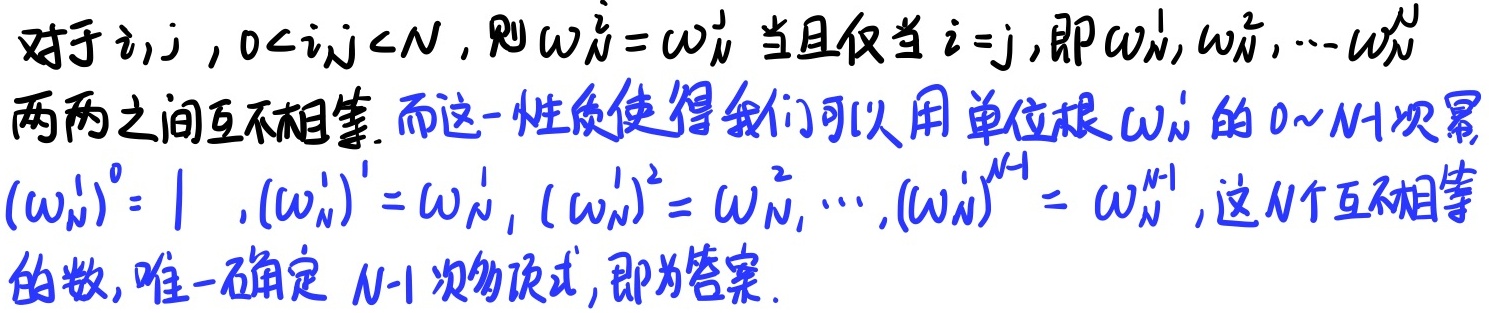
对于$i,j$，$0 < i,j < N$，则$\omega_N^i = \omega_N^j$当且仅当$i = j$，即$\omega_N^1,\omega_N^2,\cdots\omega_N^N$两两之间互不相等. 而这一性质使得我们可以用单位根$\omega_N^1$的$0\sim N - 1$次幂，$(\omega_N^1)^0 = 1$，$(\omega_N^1)^1 = \omega_N^1$，$(\omega_N^1)^2 = \omega_N^2$，$\cdots$，$(\omega_N^1)^{N - 1} = \omega_N^{N - 1}$，这$N$个互不相等的数，唯一确定$N - 1$次多项式，即为答案.